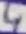
Text: 4